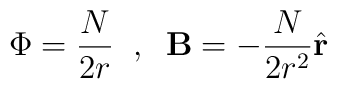
\Phi = \frac{N}{2r} \;\; , \;\; \mathbf{B} = -\frac{N}{2r^2}\hat{\mathbf{r}}